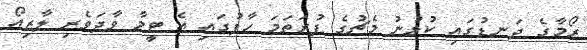
ރޯމާގެ ދަނޑުގައި ކުޅުނު މެޗުގެ ފުރަތަމަ ހާފުގައި އެ ޓީމާ ވާދަވެރި ލާޒިއޯ